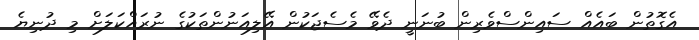
އެގޮތުން ބައެއް ސައިންސްވެރިން ބުނަނީ ދެވޭ މެސެޖަކުން އޭލިއަނުންތަކުގެ ނުރައްކަލަށް މި ދުނިޔެ